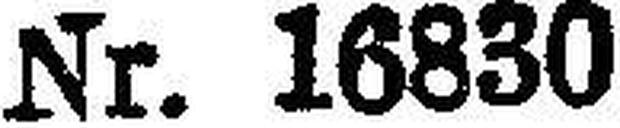
Nr. 16830